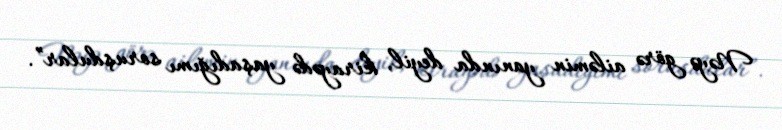
Nəyə görə ailəmin yanında deyil, kirayədə yaşadığımı soruşdular”.